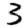
Digit: 3